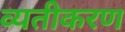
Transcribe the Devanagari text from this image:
व्यतीकरण